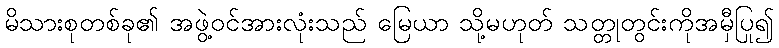
မိသားစုတစ်ခု၏ အဖွဲ့ဝင်အားလုံးသည် မြေယာ သို့မဟုတ် သတ္တုတွင်းကိုအမှီပြု၍